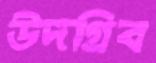
উদগ্রিব